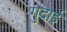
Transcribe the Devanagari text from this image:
गुदाई